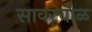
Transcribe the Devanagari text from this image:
सावरचोळ